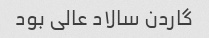
گاردن سالاد عالی بود